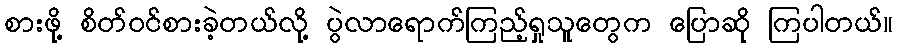
စားဖို့ စိတ်ဝင်စားခဲ့တယ်လို့ ပွဲလာရောက်ကြည့်ရှုသူတွေက ပြောဆို ကြပါတယ်။